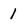
Character: 1